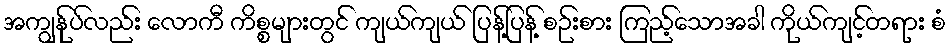
အကျွန်ုပ်လည်း လောကီ ကိစ္စများတွင် ကျယ်ကျယ် ပြန့်ပြန့် စဉ်းစား ကြည့်သောအခါ ကိုယ်ကျင့်တရား စံ